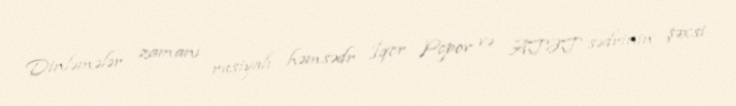
Dinləmələr zamanı rusiyalı həmsədr İqor Popov və ATƏT sədrinin şəxsi